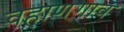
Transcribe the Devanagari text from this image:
वहाणगाव